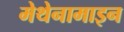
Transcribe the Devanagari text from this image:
मेथेनामाइन